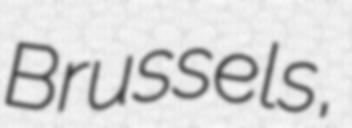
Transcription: Brussels,